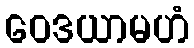
ဝေဒယာမဟံ